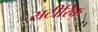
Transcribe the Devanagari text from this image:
सटीरिक